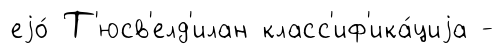
еjо́ Т'юсв'елд'илан класс'иф'ика́циjа -